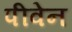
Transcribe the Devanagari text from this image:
पीवेन